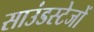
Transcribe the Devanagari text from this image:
साउंडस्टेजों